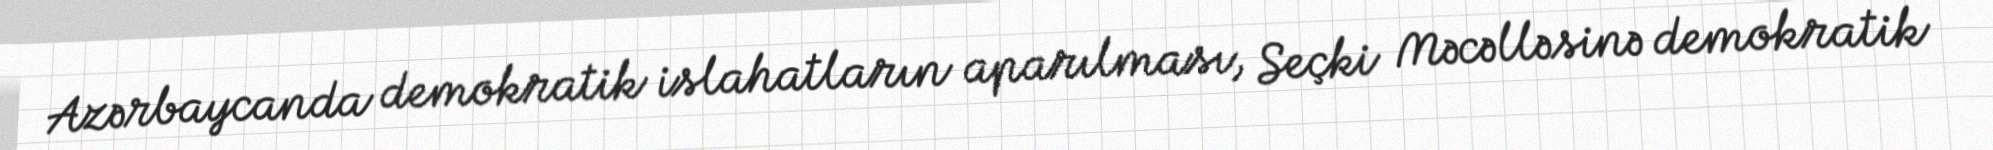
Azərbaycanda demokratik islahatların aparılması, Seçki Məcəlləsinə demokratik